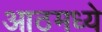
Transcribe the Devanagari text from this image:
आठमध्ये